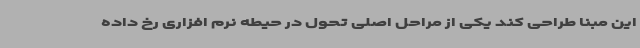
این مبنا طراحی کند یکی از مراحل اصلی تحول در حیطه نرم افزاری رخ داده